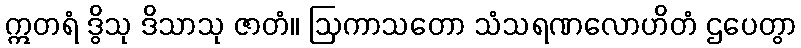
ဣတရံ ဒွိသု ဒိသာသု ဇာတံ။ ဩကာသတော သံသရဏလောဟိတံ ဌပေတွာ